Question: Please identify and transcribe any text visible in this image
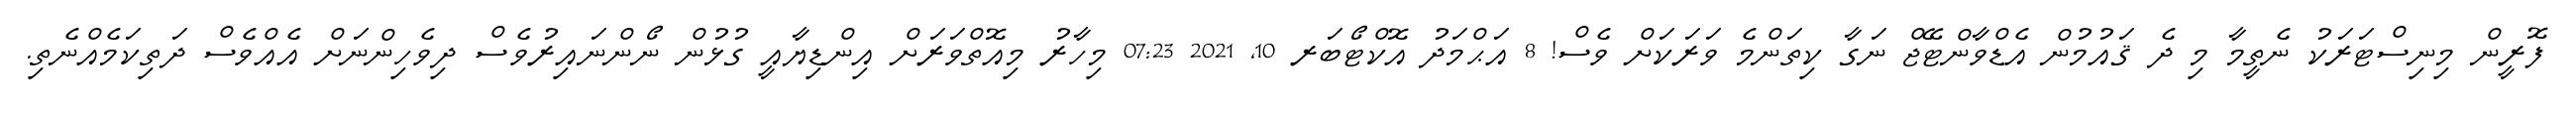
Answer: ފޮރީން މިނިސްޓަރަކު ނެތީމާ މި ދެ ޤައުމުން އެޑްވާންޓޭޖް ނަގާ ކިތަންމެ ވަރަކަށް ވެސް! 8 އަޙްމަދު އޮކްޓޯބަރ 10, 2021 07:23 މިހާރު މިއޮތްވަރަށް އިންޑިޔާއީ ގުޅުން ނޯންނައިރުވެސް ދިވެހިންނަށް އެއްވެސް ދަތިކަމެއްނެތި.